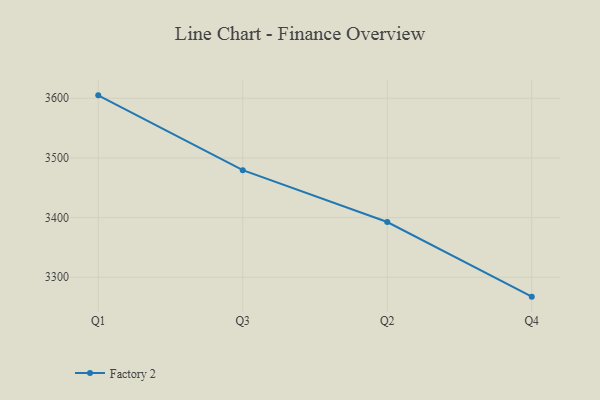
{"axis": {"x": "Quarter", "y": "Temperature (°C)"}, "legend": ["Factory 2"], "data": [{"x": "Q1", "y": 3604.9, "type": "Factory 2"}, {"x": "Q3", "y": 3479.5, "type": "Factory 2"}, {"x": "Q2", "y": 3392.6, "type": "Factory 2"}, {"x": "Q4", "y": 3267.5, "type": "Factory 2"}]}